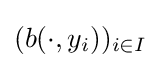
(b(\cdot ,y_{i}))_{i\in I}